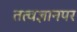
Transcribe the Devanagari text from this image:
तत्वज्ञानपर